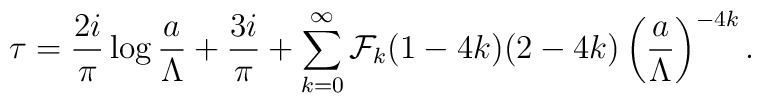
\tau={2i\over \pi}\log {a\over \Lambda}+{3i\over\pi}+\sum_{k=0}^\infty {\cal F}_k(1-4k)(2-4k)\left({a\over \Lambda}\right)^{-4k}.